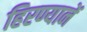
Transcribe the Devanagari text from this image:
हिरण्यानें